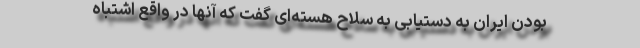
بودن ایران به دستیابی به سلاح هسته‌ای گفت که آنها در واقع اشتباه